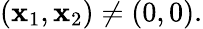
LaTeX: (\mathbf{x}_{1},\mathbf{x}_{2})\neq(0,0).